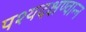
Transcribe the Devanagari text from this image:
पश्यदक्षण्वान्न